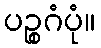
ပဉ္စဂံပုံ။